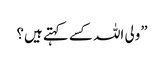
”ولی اللہ کسے کہتے ہیں؟